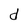
Character: d